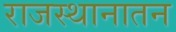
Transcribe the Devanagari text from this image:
राजस्थानातन